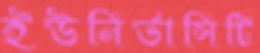
ইউনির্ভাসিটি